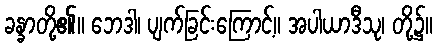
ခန္ခာတို့၏။ ဘေဒါ၊ ပျက်ခြင်းကြောင့်။ အပါယာဒီသု၊ တို့၌။